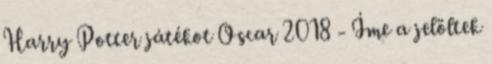
Harry Potter játékot Oscar 2018 - Íme a jelöltek